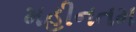
મહીનતમ